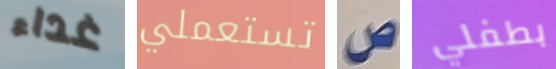
غداء تستعملي ص بطفلي